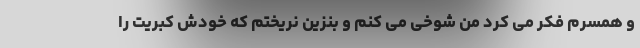
و همسرم فکر می کرد من شوخی می کنم و بنزین نریختم که خودش کبریت را